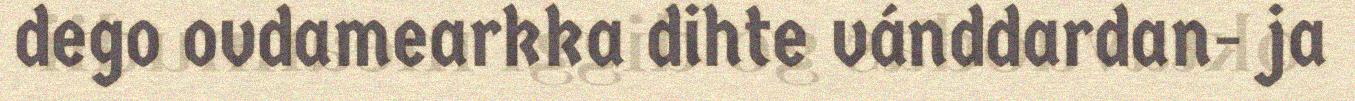
dego ovdamearkka dihte vánddardan- ja